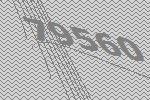
79560